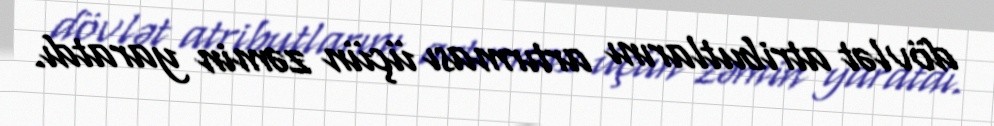
dövlət atributlarını artırması üçün zəmin yaratdı.